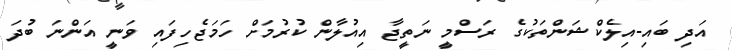
އަދި ބައި-އިލެކްޝަންތަކުގެ ރަސްމީ ނަތީޖާ އިއުލާން ކުރުމަށް ހަމަޖެހިފައި ވަނީ އަންނަ ބުދަ